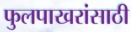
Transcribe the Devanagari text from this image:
फुलपाखरांसाठी